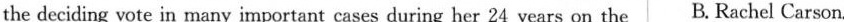
the deciding vote in many important cases during her 24 years on the B. Rachel Carson.